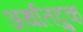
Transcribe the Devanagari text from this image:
अर्थातद्रुक